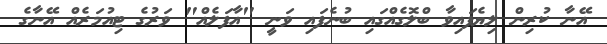
އޭނާ ކުރިން ލިޔެފައިވާ ބްލޮގެއްގައި ބުނެފައި ވަނީ "އާފަލެއް" ވަރުގެ ޓިއުމަރެއް އޭނާގެ